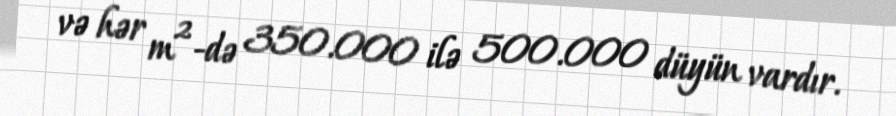
və hər m²-də 350.000 ilə 500.000 düyün vardır.